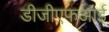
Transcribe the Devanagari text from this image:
डीजीएफआई